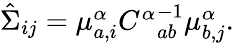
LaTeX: \begin{array}{r}{\hat{\Sigma}_{ij}=\mu_{a,i}^{\alpha}{C^{\alpha}}_{ab}^{-1}\mu_{b,j}^{\alpha}.}\end{array}